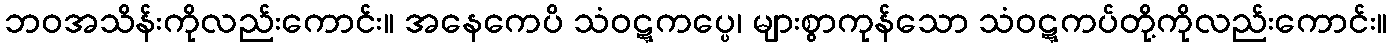
ဘဝအသိန်းကိုလည်းကောင်း။ အနေကေပိ သံဝဋ္ဋကပ္ပေ၊ များစွာကုန်သော သံဝဋ္ဋကပ်တို့ကိုလည်းကောင်း။